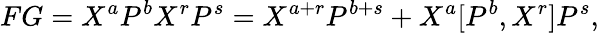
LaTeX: FG=X^{a}P^{b}X^{r}P^{s}=X^{a+r}P^{b+s}+X^{a}[P^{b},X^{r}]P^{s},